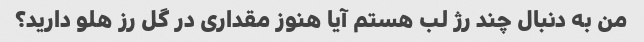
من به دنبال چند رژ لب هستم آیا هنوز مقداری در گل رز هلو دارید؟